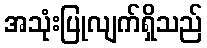
အသုံးပြုလျက်ရှိသည်